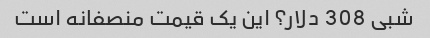
شبی 308 دلار؟ این یک قیمت منصفانه است